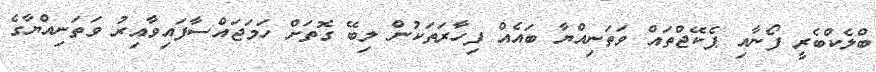
ބްލެކްބެރީ ފޯނާއި ޕެކޭޖްތައް ވަތަނިއްޔާ ބައެއް ފިހާރަތަކުން ލިބޭ ގޮތަށް ހަމަޖައްސާފައިވާއިރު ވަތަނިއްޔާގެ